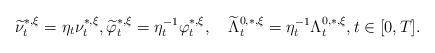
LaTeX: \begin{align*}\widetilde{\nu}_t^{*,\xi}=\eta_t \nu_t^{*,\xi},\widetilde{\varphi}_t^{*,\xi}=\eta^{-1}_t\varphi_t^{*,\xi} ,\quad\widetilde{\Lambda}_t^{0,*,\xi}=\eta^{-1}_t\Lambda_t^{0,*,\xi}, t\in[0,T].\end{align*}